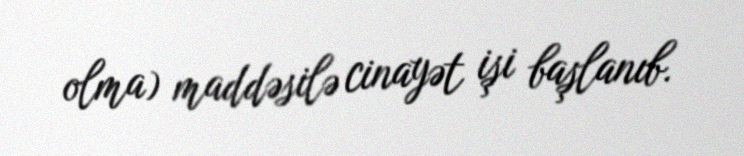
olma) maddəsilə cinayət işi başlanıb.